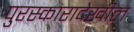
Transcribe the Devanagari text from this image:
पुरस्कारादेखील